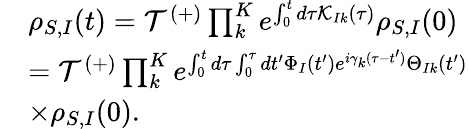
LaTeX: \begin{array}{rl}&{{{\rho}_{S,I}}(t)={\mathcal{T}^{(+)}}\prod_{k}^{K}{{{e}^{\int_{0}^{t}{d\tau}{\mathcal{K}_{Ik}}(\tau)}}}{{\rho}_{S,I}}(0)}\\ &{={\mathcal{T}^{(+)}}\prod_{k}^{K}{{{e}^{\int_{0}^{t}{d\tau}\int_{0}^{\tau}{dt^{\prime}\Phi_{I}(t^{\prime}){{e}^{i{{\gamma}_{k}}(\tau-t^{\prime})}}{{\Theta}_{Ik}}(t^{\prime})}}}}}\\ &{\times{{\rho}_{S,I}}(0).}\end{array}